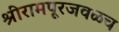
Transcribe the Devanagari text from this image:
श्रीरामपूरजवळच